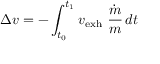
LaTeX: \Delta { v } = - \int _ { t _ { 0 } } ^ { t _ { 1 } } { v _ { \mathrm { e x h } } \ { \frac { \dot { m } } { m } } } \, d t